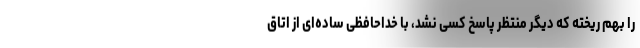
را بهم ریخته که دیگر منتظر پاسخ کسی نشد، با خداحافظی ساده‌ای از اتاق